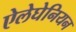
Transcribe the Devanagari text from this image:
ऐलेघेनियन